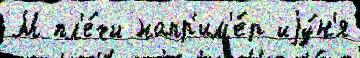
М пл'е́чи напр'им'е́р иjу́н'я